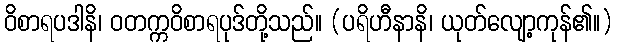
ဝိစာရပဒါနိ၊ ဝတက္ကဝိစာရပုဒ်တို့သည်။ (ပရိဟီနာနိ၊ ယုတ်လျော့ကုန်၏။)